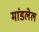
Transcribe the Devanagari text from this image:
मांडलेल